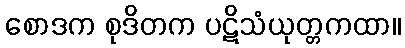
စောဒက စုဒိတက ပဋိသံယုတ္တကထာ။